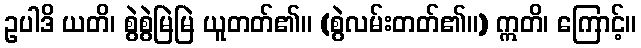
ဥပါဒိ ယတိ၊ စွဲစွဲမြဲမြဲ ယူတတ်၏။ (စွဲလမ်းတတ်၏။) ဣတိ၊ ကြောင့်။